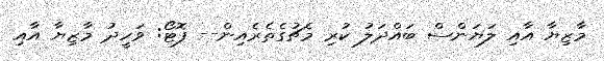
މާޒިޔާ އާއި ލަޔަންސް ބައްދަލު ކުރި މެޗުގެތެރެއިން-- ފޮޓޯ: ވަހީދު މާޒިޔާ އާއި